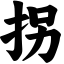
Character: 拐